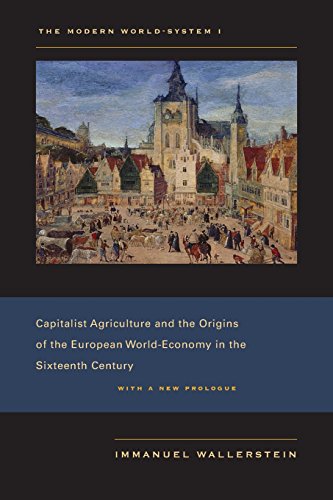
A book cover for The Modern World-System I: Capitalist Agriculture and the Origins of the European World-Economy in the Sixteenth Century; Immanuel Wallerstein; Business & Money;